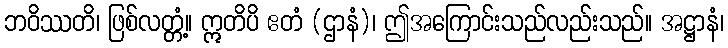
ဘဝိဿတိ၊ ဖြစ်လတ္တံ့။ ဣတိပိ ဧတံ (ဌာနံ)၊ ဤအကြောင်းသည်လည်းသည်။ အဋ္ဌာနံ၊